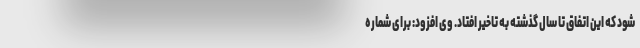
شود که این اتفاق تا سال گذشته به تاخیر افتاد. وی افزود: برای شماره